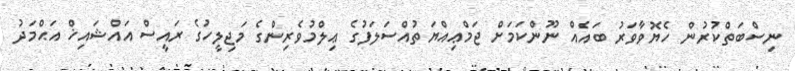
ނިސްބަތްކުރުން ހެޔޮވާވަރު ބައެއް ނޫންކަމަށް ޖަމްޢިއްޔަތުއްސަލަފުގެ ޢިލްމުވެރިންގެ މަޖިލީހުގެ ރައީސް އައްޝައިޚް އަޙްމަދު